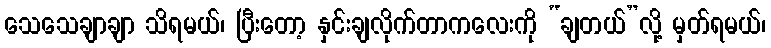
သေသေချာချာ သိရမယ်၊ ပြီးတော့ နှင်းချလိုက်တာကလေးကို “ချတယ်”လို့ မှတ်ရမယ်၊